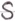
Text: S